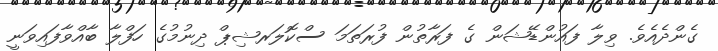
ގެންދެއެވެ. ވިލާ ފައުންޑޭޝަން ގެ ފަރާތުން ފުރަތަމަ ސްކޮލަރޝިޕް ދިނުމުގެ ހަފްލާ ބާއްވާފައިވަނީ